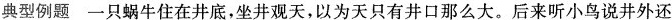
典型例题 一只蜗牛住在井底，坐井观天，以为天只有井口那么大。后来听小鸟说井外还